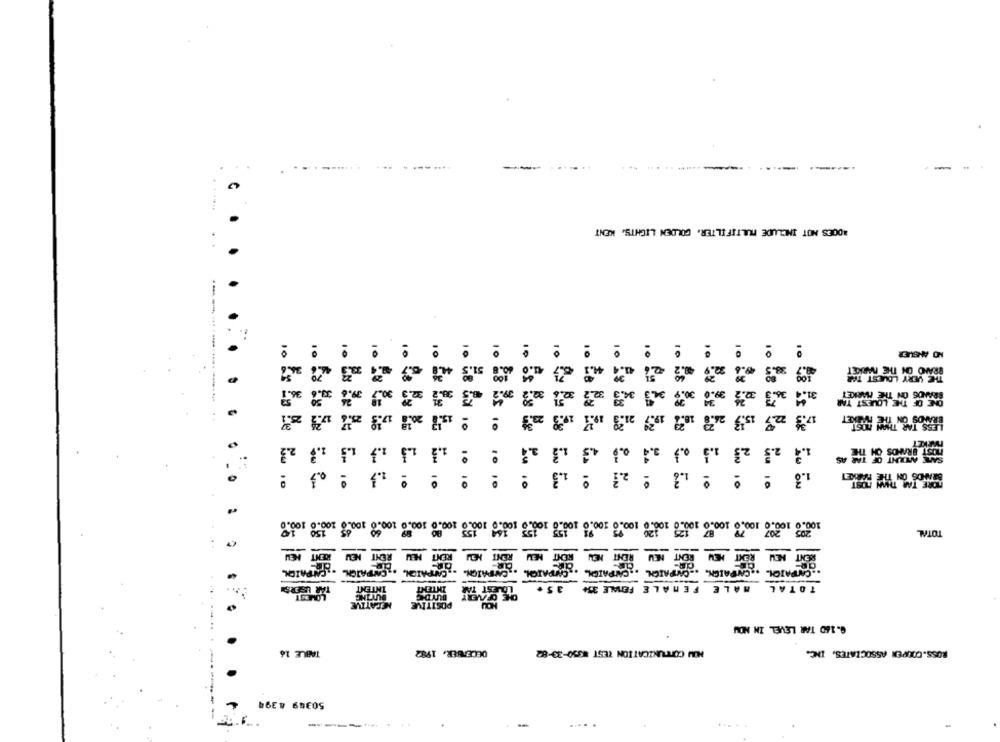
...
DOES NOT INCLUDE MULTIFILTER, GOLDEN LIGHTS, KENT
: :
NO ANSHER
BRANO ON THE MARKET
THE VERY LOUEST TAR
36.1
3.6
9.6
4.3
ONE OF THE LOUEST TAR
21.3
19.7
2.3
1.3
4.3
1.3
1.4 2.3 23
1.3
1.3 ! !
13 º º º 1.3
10
10 8 to 10 10 10
10 58 is 10 10 10
00.0 100.0 108. 0 100.6 100.0 100.0 108.8 100.0 100.0 100.0 100.0 100.0 100.8 100.0 108.0
30 1000 1000 1000
TOTAL
NEU
RENT HEW
NEU
RENT
RENT HEU
NEU
PAIOL.
CAMPAIGN.
CAMPAIGN.
CAMPAIGN.
CAMPAIGN
NAPAJOL. .
TAR USERS
MALE FEMALE FEMALE 334
TOTAL
LOWEST
INTENT
NEGATIVE
9.160 TAR LEVEL IN NOW
TABLE 16
DECEMBER, 1982
NOW CONTUNICATION TEST $350-33-82
ROSS.COUPER ASSOCIATES, INC.
50349 4394
...----